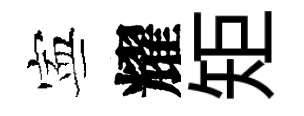
寕耀矩